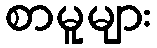
စာမူများ